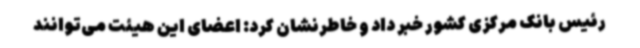
رئیس بانک مرکزی کشور خبر داد و خاطرنشان کرد: اعضای این هیئت می‌توانند